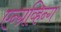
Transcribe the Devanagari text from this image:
एन्ग्रव्हिन्ग